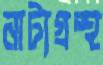
নাট্যগ্রন্থ